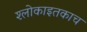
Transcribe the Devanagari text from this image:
श्लोकाइतकाच